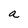
Character: a